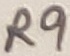
Text: R9